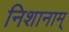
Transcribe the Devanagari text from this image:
निशानाम्